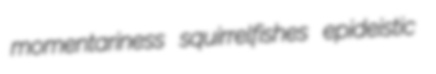
momentariness squirrelfishes epideistic